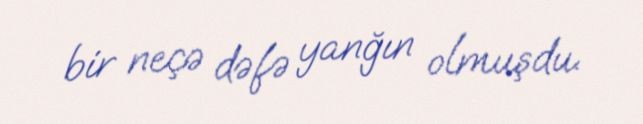
bir neçə dəfə yanğın olmuşdu.